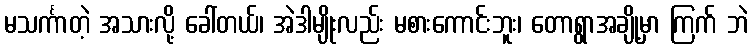
မသင်္ကာတဲ့ အသားလို့ ခေါ်တယ်၊ အဲဒါမျိုးလည်း မစားကောင်းဘူး၊ တောရွာအချို့မှာ ကြက် ဘဲ